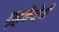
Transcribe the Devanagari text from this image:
गृहकैदेची